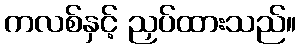
ကလစ်နှင့် ညှပ်ထားသည်။